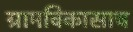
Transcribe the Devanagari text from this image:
ग्रामविकासाच